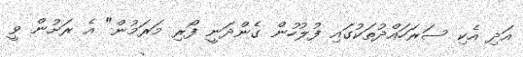
އަދި އެކި ސަރަހައްދުތަކުގައި ފުލުހުން ގެންދަނީ ފޯރި މަރަމުން" އެ ރަށުން ވީ